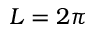
L = 2 \pi